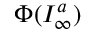
\Phi ( { \cal I } _ { \infty } ^ { a } )